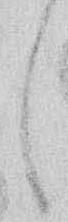
し